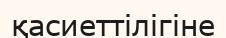
қасиеттілігіне